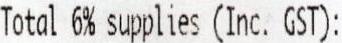
TOTAL 6% SUPPLIES (INC. GST):